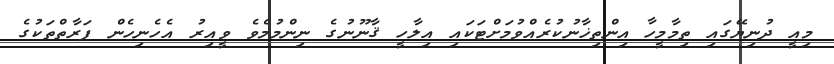
މިއީ ދުނިޔޭގައި ތިމާމީހާ އިންތިޚާނުކުރެއްވުމަށްޓަކައި އިލާހީ ޤާނޫނުގެ ނިންމުމެވެ ވީއިރު އެހެނިހެން ފަރާތްތަކުގެ